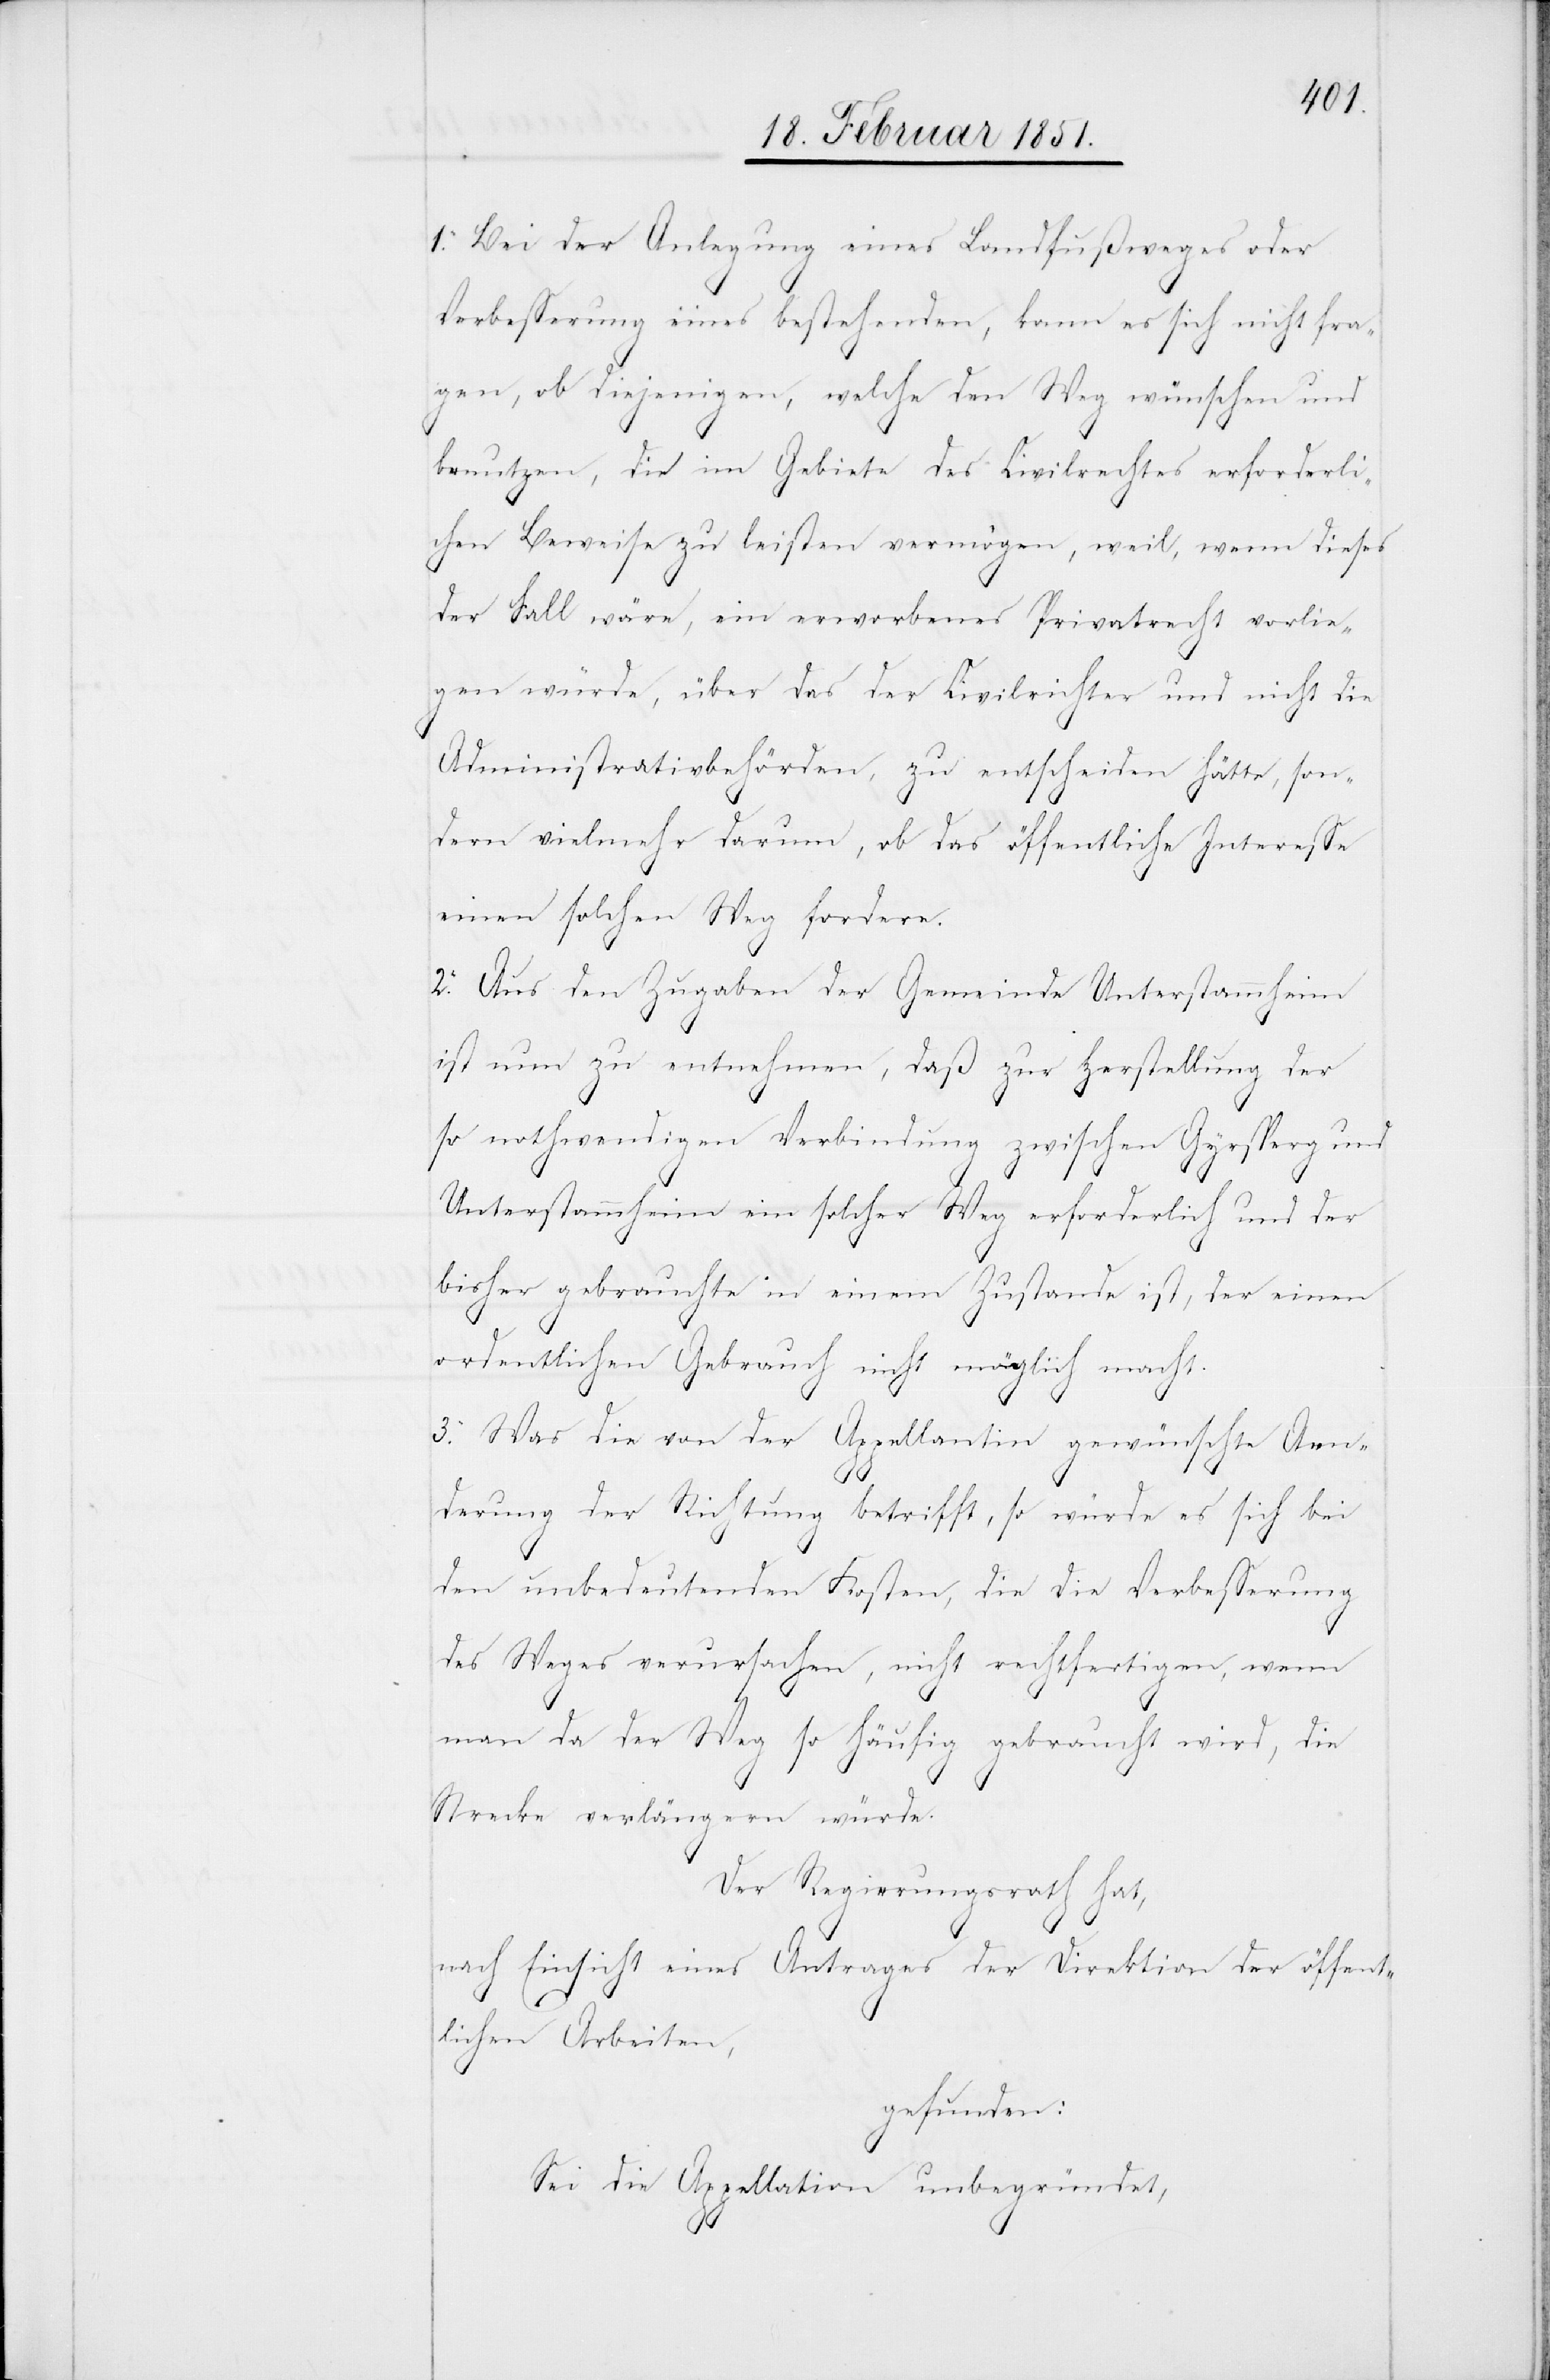
1. Bei der Anlegung eines Landfußweges oder
Verbesserung eines bestehenden, kann es sich nicht fra¬
gen, ob diejenigen, welche den Weg wünschen und
benutzen, die im Gebiete des Civilrechtes erforderli¬
chen Beweise zu leisten vermögen, weil, wenn dieses
der Fall wäre, ein erworbenes Privatrecht vorlie¬
gen würde, über das der Civilrichter und nicht die
Administrativbehörden, zu entscheiden hätte, son¬
dern vielmehr darum, ob das öffentliche Interesse
einen solchen Weg fordere.
2. Aus den Zugaben der Gemeinde Unterstammheim
ist nun zu entnehmen, daß zur Herstellung der
so nothwendigen Verbindung zwischen Gyrsperg und
Unterstammheim ein solcher Weg erforderlich und der
bisher gebrauchte in einem Zustande ist, der einen
ordentlichen Gebrauch nicht möglich macht.
3. Was die von der Appellantin gewünschte Aen¬
derung der Richtung betrifft, so würde es sich bei
den unbedeutenden Kosten, die die Verbesserung
des Weges verursachen, nicht rechtfertigen, wenn
man da der Weg so häufig gebraucht wird, die
Strecke verlängern würde.
Der Regierungsrath hat,
nach Einsicht eines Antrages der Direktion der öffent¬
lichen Arbeiten,
gefunden:
Sei die Appellation unbegründet,